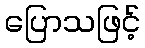
ပြောသဖြင့်